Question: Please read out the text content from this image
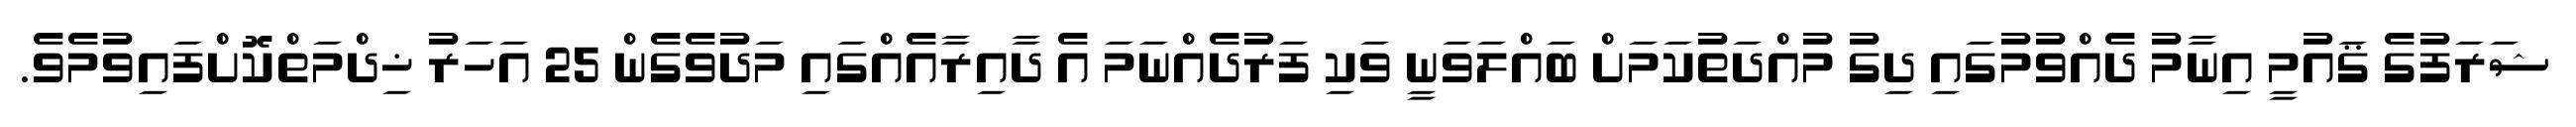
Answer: ޝަރަފުގެ ޤައުމީ އިނާމު ދެއްވުމުގައި ދިގު މުއްދަތުކަމަށް ބައްލަވަނީ ވަކި ފަރުދެއްނަމަ އެ ދާއިރާއެއްގައި މަދުވެގެން 25 އަހަރު ޚިދްމަތްކޮށްފައިވުމެވެ.